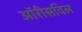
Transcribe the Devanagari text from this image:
ऑरीसविल